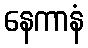
နေကာနံ